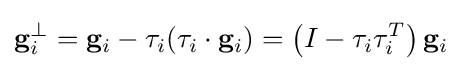
\mathbf {g} _{i}^{\perp }=\mathbf {g} _{i}-\mathbf {\tau } _{i}(\mathbf {\tau } _{i}\cdot \mathbf {g} _{i})=\left(I-\mathbf {\tau } _{i}\mathbf {\tau } _{i}^{T}\right)\mathbf {g} _{i}